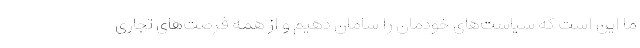
ما این است که سیاست‌های خودمان را سامان دهیم و از همه فرصت‌های تجاری